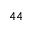
^ { 4 4 }